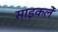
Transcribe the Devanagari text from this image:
साइकलें